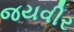
જયવીર